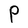
Character: P